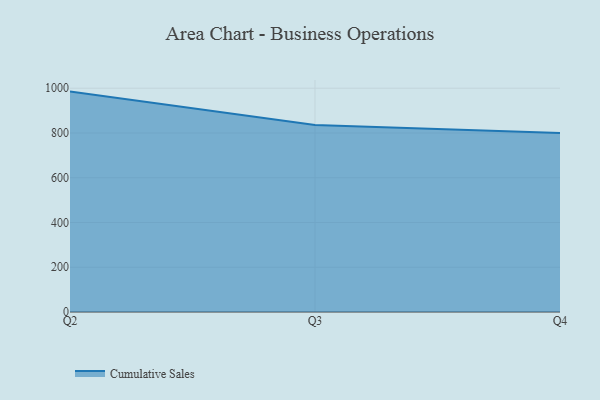
{"axis": {"x": "Quarter", "y": "Backlog"}, "legend": ["Cumulative Sales"], "data": [{"x": "Q2", "y": 984.9, "type": "Cumulative Sales"}, {"x": "Q3", "y": 835.4, "type": "Cumulative Sales"}, {"x": "Q4", "y": 800, "type": "Cumulative Sales"}]}